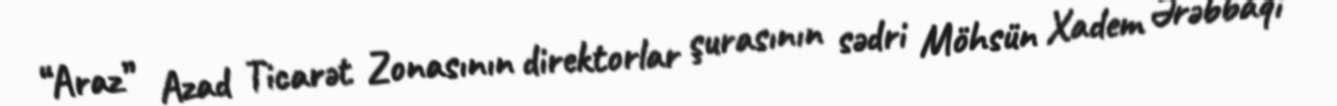
“Araz” Azad Ticarət Zonasının direktorlar şurasının sədri Möhsün Xadem Ərəbbaqi